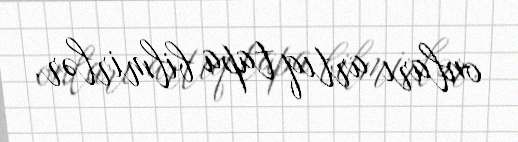
onları artıq tapa bilmirlər.